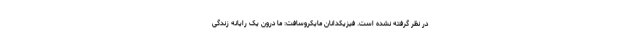
در نظر گرفته نشده است. فیزیکدانان مایکروسافت: ما درون یک رایانه زندگی